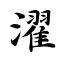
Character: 濯